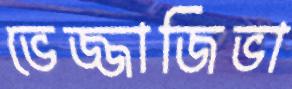
ভেজ্জাজিভা